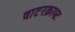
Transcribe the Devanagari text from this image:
वाटरक्राफ्ट